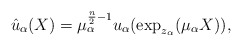
\begin{align*}\hat{u}_\alpha(X) = \mu_\alpha^{\frac{n}{2}-1}u_\alpha(\exp_{z_\alpha}(\mu_\alpha X)),\end{align*}